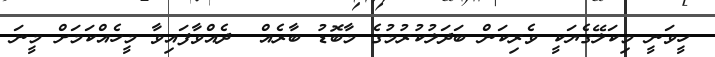
ހީވަނީ މިކަލޭގެޔަކީ ވެރިކަން ބަދަލުކުރުމުގެ މާބޮޑު ބާރެއް  ދެއްވާފައިވާ މީހެއްކަމަށް މީނަ